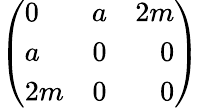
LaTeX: \left(\begin{array}{lcr}{{0}}&{{a}}&{{2m}}\\ {{a}}&{{0}}&{{0}}\\ {{2m}}&{{0}}&{{0}}\end{array}\right)